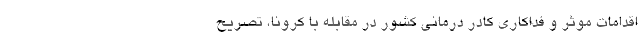
اقدامات موثر و فداکاری کادر درمانی کشور در مقابله با کرونا، تصریح